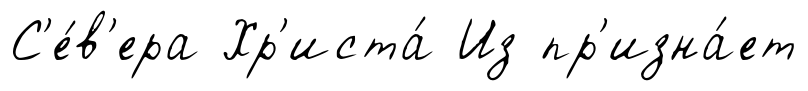
С'е́в'ера Хр'иста́ Из пр'изна́ет